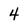
Character: 4